Parnu_kinnistusamet, lk 22
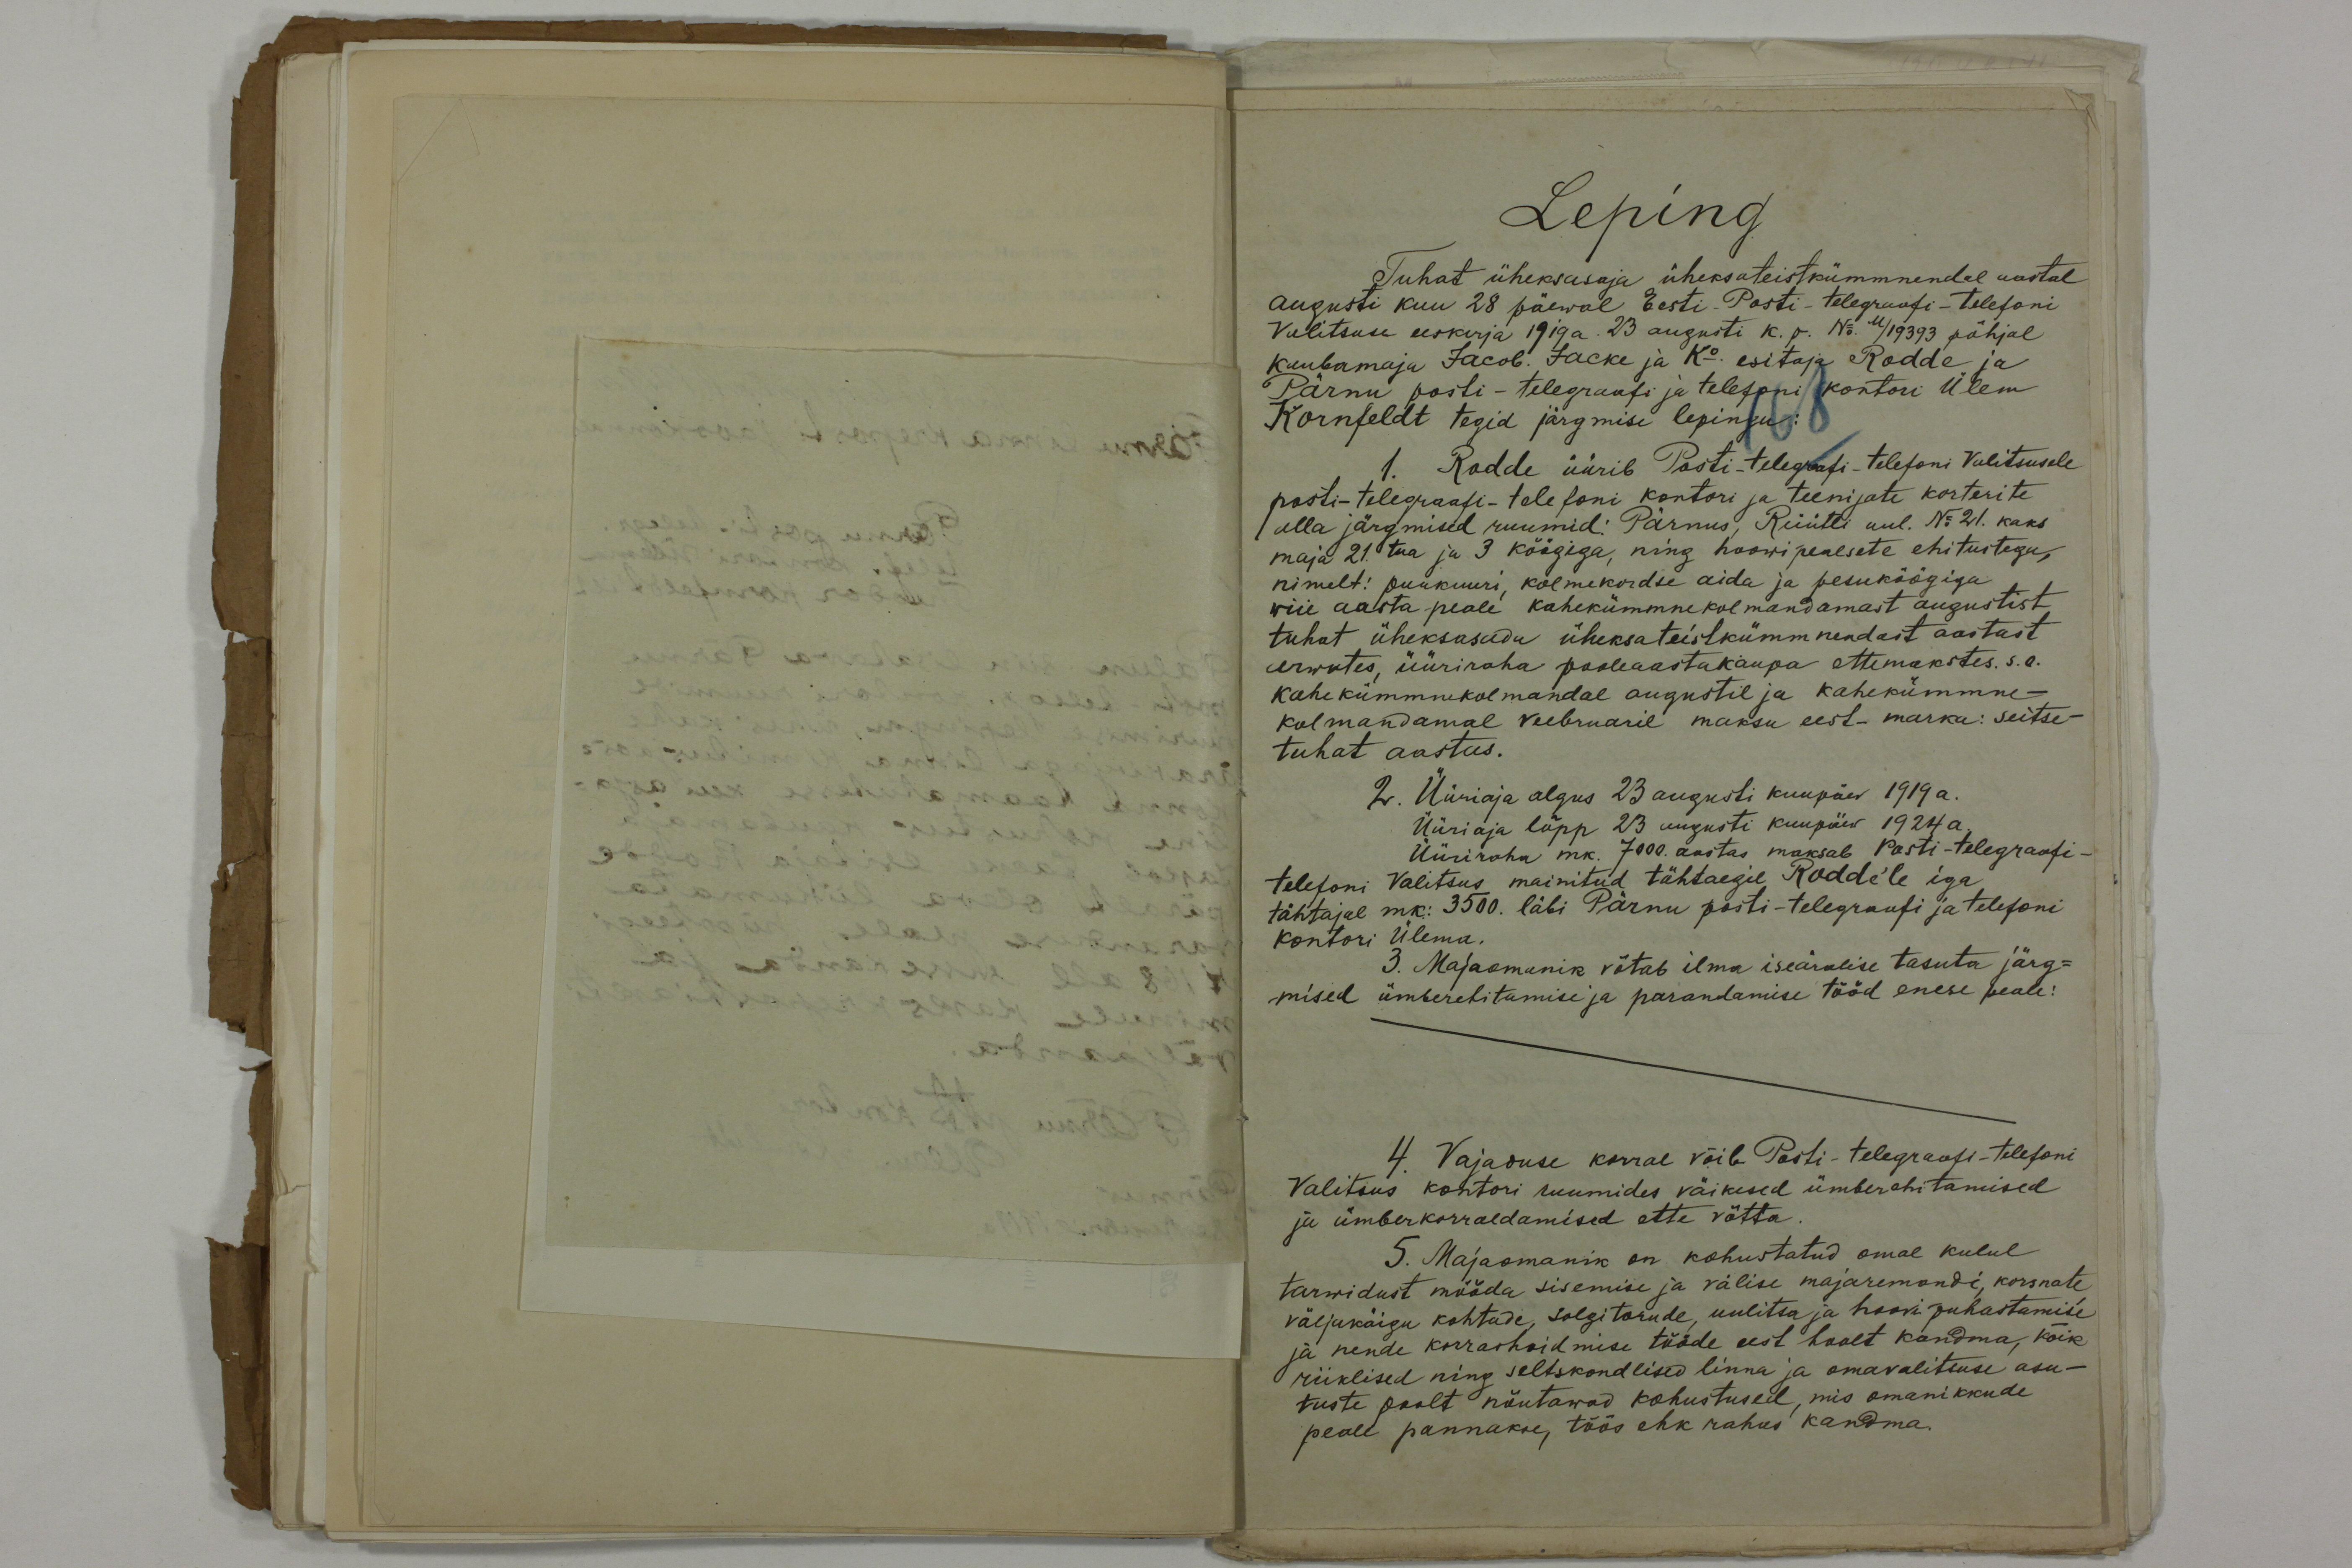
Leping
Tuhat üheksasaja üheksateistkümmnendel aastal
augusti kuu 28 päewal Eesti-Posti-telegraafi-telefoni
Valitsuse eeskirja 1919a. 23 augusti k. p. No. M/19393 põhjal
Kaubamaja Jacob. Jacke ja Ko esitaja Rodde ja
Pärnu posti-telegraafi ja telefoni kontori Ülem
Kornfeldt tegid järgmise lepingu:
1. Rodde üürib Posti-telegraafi-telefoni Valitsusele
posti-telegraafi-telefoni kontori ja teenijate korterite
alla järgmised ruumid: Pärnus, Rüütli uul. No 21. kaks
maja 21. tua ja 3 köögiga, ning hoowipealsete ehitustega,
nimelt: puukuuri, kolmekordse aida ja pesuköögiga
wiie aasta peale kahekümmnekolmandamast augustist
tuhat üheksasada üleksateistkümmnendast aastast
arwates, üüriraha pooleaastakaupa ettemakstes. s.o.
kahekümmnekolmandal augustil ja kahekümmne-
kolmandamal veebruaril maksu eest - marka: seitse-
tuhat aastas.
2. Üüriaja algus 23 augusti kuupäev 1919 a.
Üüriaja lõpp 23 augusti kuupäew 1924 a.
Üüriraha mk. 7000. aastas maksab Posti-telegraafi-
telefoni Valitsus mainitud tähtaegil Rodde'le iga
tähtajal mk: 3500. läbi Pärnu posti-telegraafi ja telefoni
kontori Ülema.
3. Majaomanik võtab ilma iseäralise tasuta järg-
mised ümberehitamise ja parandamise tööd enese peale:
4. Vajaduse korral võib Posti-telegraafi-telefoni
Valitsus kontori ruumides väikesed ümberehitamised
ja ümberkorraldamised ette võtta.
5. Majaomanik on kohustatud omal kulul
tarwidust mööda sisemise ja välise majaremondi, korsnate,
väljakäigu kohtade, solgitorude, uulitsa ja hoovi puhastamise
ja nende korrashoidmise tööde eest hoolt kandma, kõik
riiklised ning seltskondlised linna ja omavalitsuse asu-
tuste poolt nõutawad kohustused, mis omanikkude
peale pannakse, töös ehk rahus kandma.